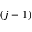
( j - 1 )